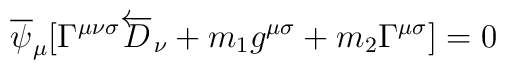
\overline{\psi}_{\mu}[\Gamma^{\mu\nu\sigma}\overleftarrow{D}_\nu + m_1 g^{\mu\sigma} 		+ m_2 \Gamma^{\mu\sigma}] =0